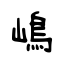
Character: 嶋